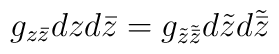
g_{z\bar z}dz d\bar z =g_{\tilde z \tilde {\bar z} }d{\tilde z}d\tilde {\bar z}